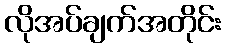
လိုအပ်ချက်အတိုင်း